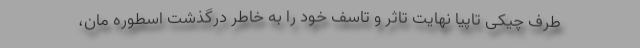
طرف چیکی تاپیا نهایت تاثر و تاسف خود را به خاطر درگذشت اسطوره مان،